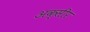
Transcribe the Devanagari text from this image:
अक्सीर